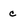
Character: c